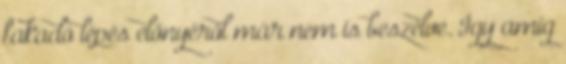
fakadó lépés előnyéről már nem is beszélve. Így amíg